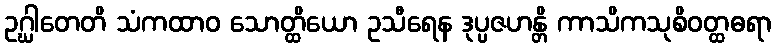
ဥဂ္ဃါတေတိ သံကထာဝ သောတ္ထိယော ဥသီရေန ဒုပ္ပဇဟန္တိ ကာသိကသုစိဝတ္ထဓရာ